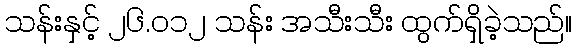
သန်းနှင့် ၂၆.၀၁၂ သန်း အသီးသီး ထွက်ရှိခဲ့သည်။